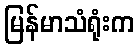
မြန်မာသံရုံးက